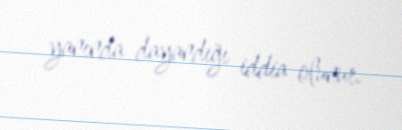
yanında dayandığı iddia olunur.